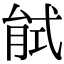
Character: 𢎎